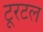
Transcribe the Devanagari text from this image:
टूरटल